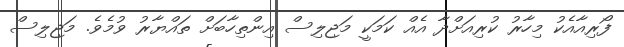
ފޯރިއާއެކު މިހާރު ކުރިއަށްދާ އެއް ކަމަކީ މަޖިލިސް އިންތިހާބަށް ތައްޔާރު ވުމެވެ. މަޖިލިސް